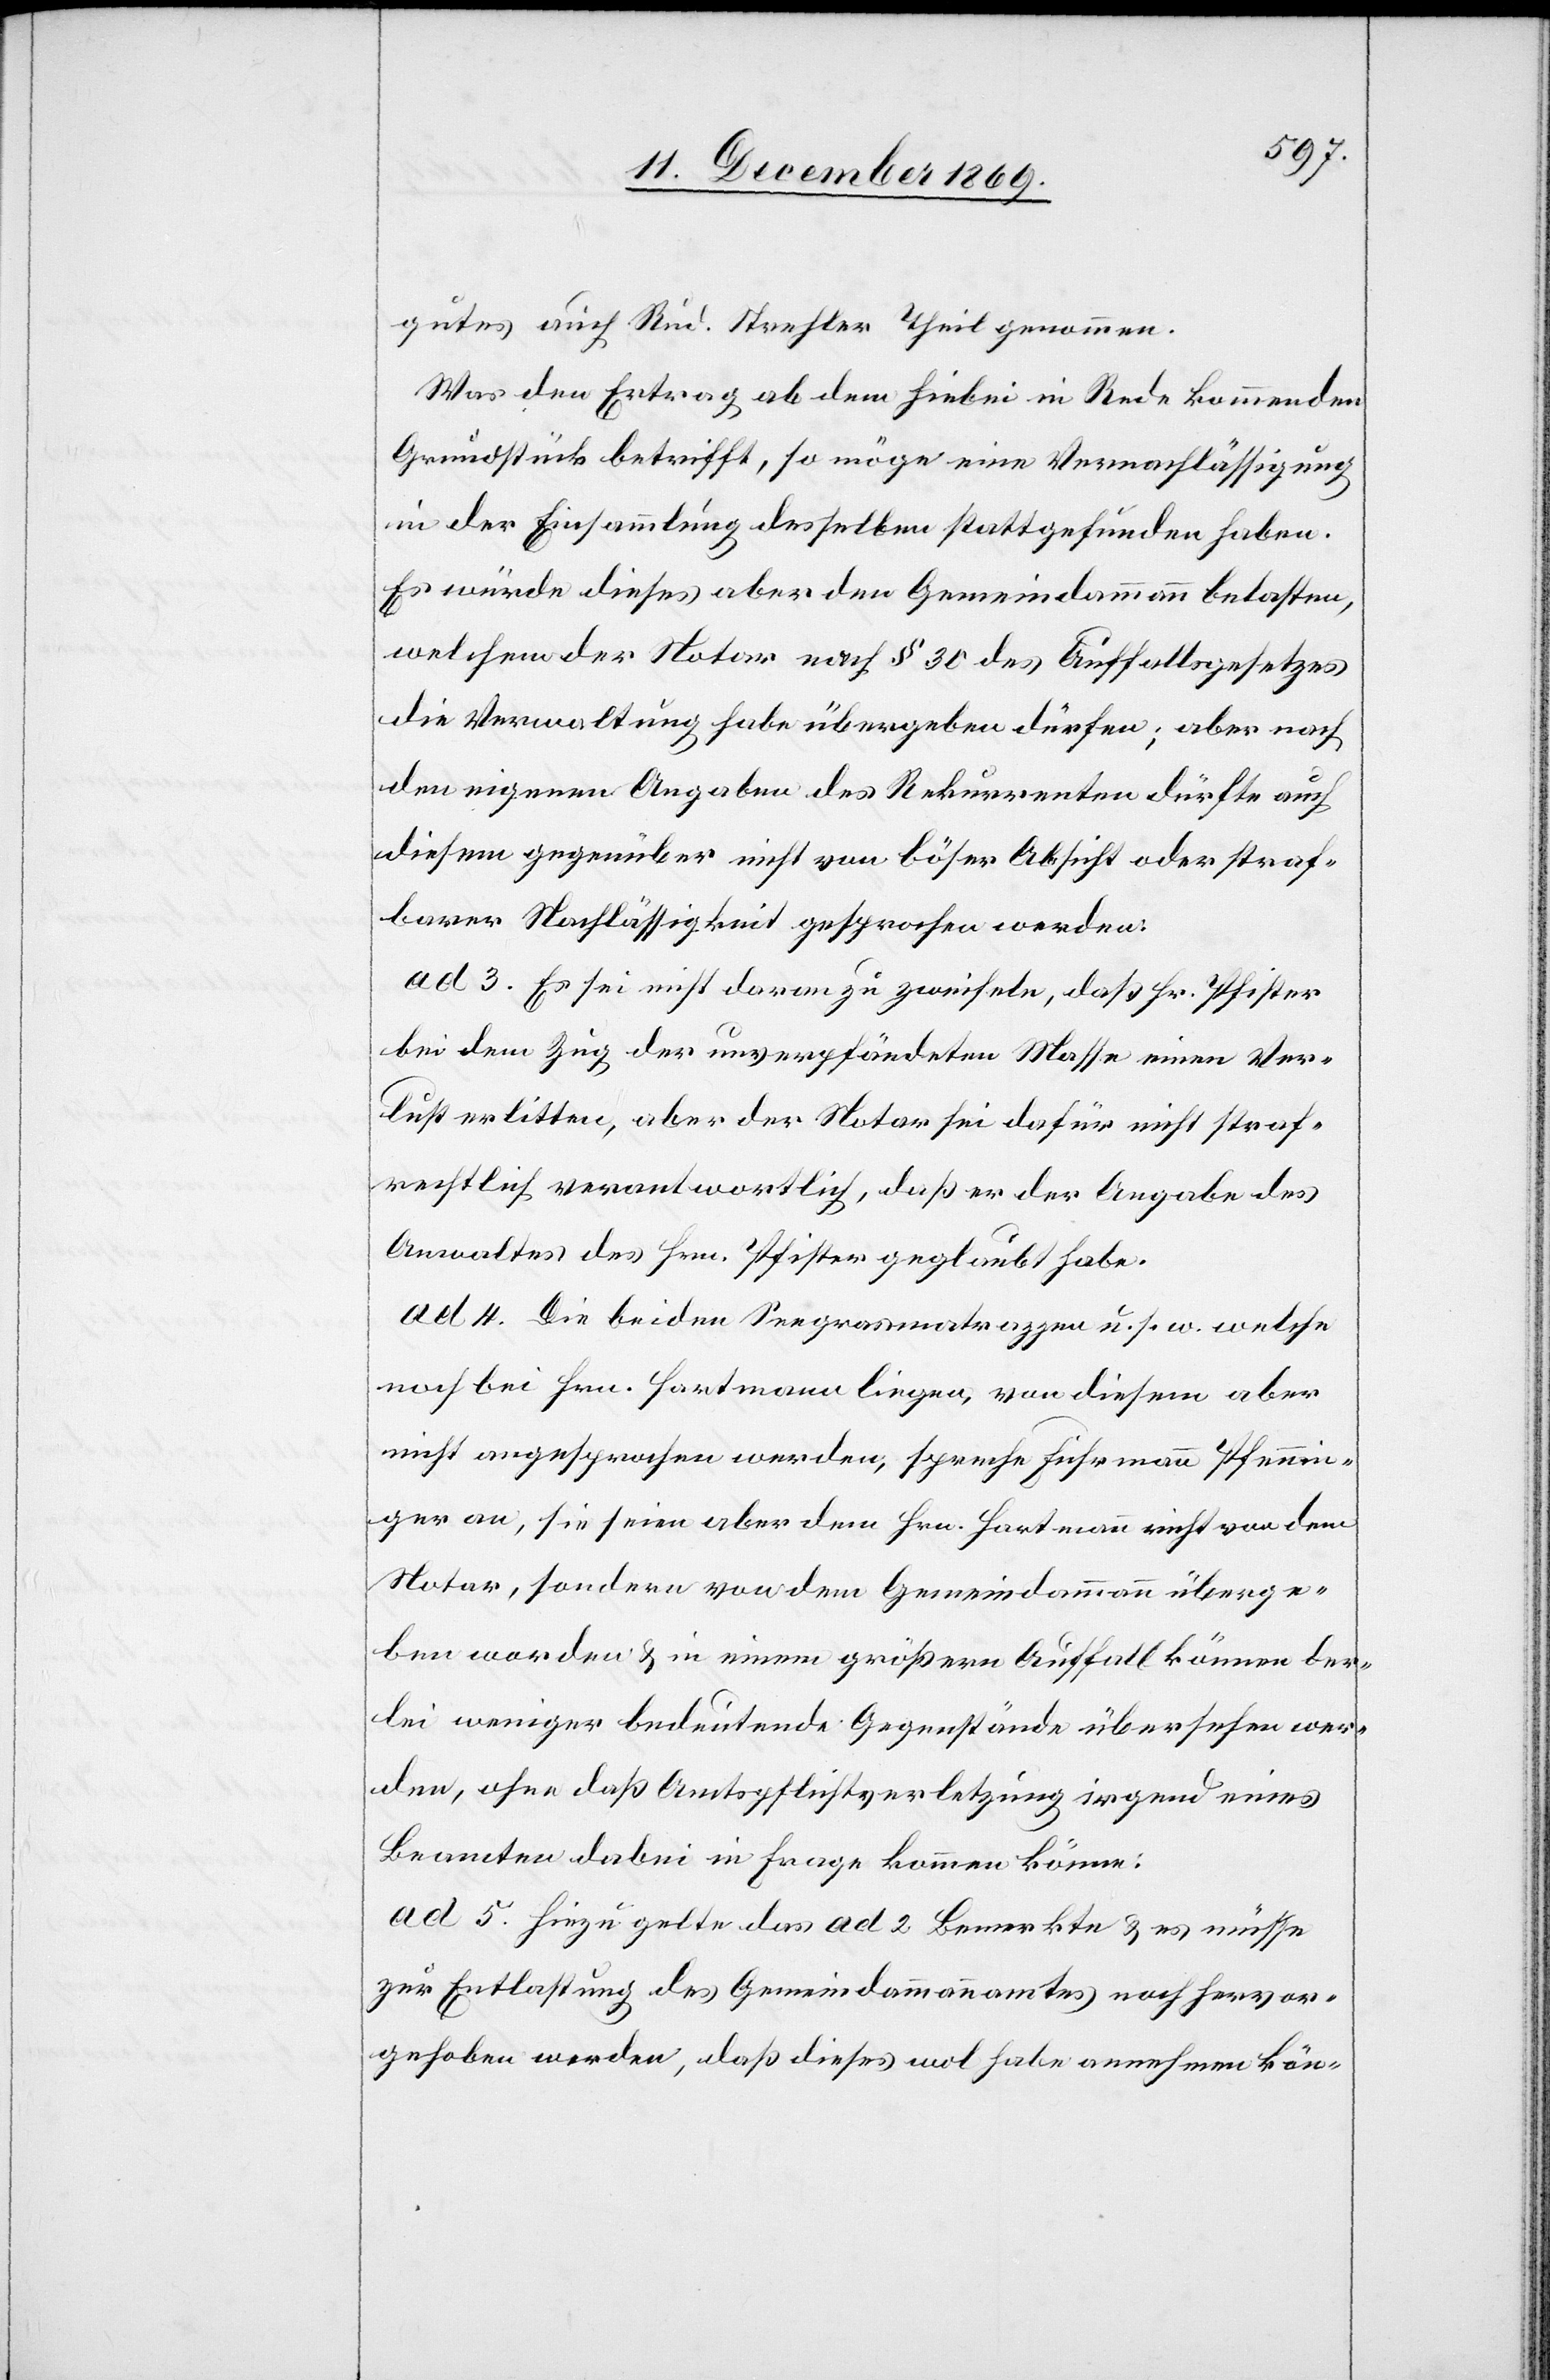
gutes auch Rud. Strehler Theil genommen.
Was den Ertrag ab dem hiebei in Rede kommenden
Grundstück betrifft, so möge eine Vernachlässigung
in der Einsammlung desselben stattgefunden haben.
Es würde dieses aber den Gemeindammann belasten,
welchem der Notar nach § 30 des Auffallsgesetzes
die Verwaltung habe übergeben dürfen; aber nach
den eigenen Angaben des Rekurrenten dürfte auch
diesem gegenüber nicht von böser Absicht oder straf¬
barer Nachlässigkeit gesprochen werden.
ad 3. Es sei nicht daran zu zweifeln, daß Hr. Pfister
bei dem Zug der unverpfändeten Masse einen Ver¬
lust erlitten, aber der Notar sei dafür nicht straf¬
rechtlich verantwortlich, daß er der Angabe des
Anwaltes des Hrn. Pfister geglaubt habe.
ad 4. Die beiden Seegrasmatrazzen u. s. w. welche
noch bei Hrn. Hartmann liegen, von diesem aber
nicht angesprochen werden, spreche Fuhrmann Pfennin¬
ger an, sie seien aber dem Hrn. Hartmann nicht von dem
Notar, sondern von dem Gemeindammann überge¬
ben worden & in einem größern Auffall können der¬
lei weniger bedeutende Gegenstände übersehen wer¬
den, ohne daß Amtspflichtverletzung irgend eines
Beamten dabei in Frage kommen könne.
ad 5. Hiezu gelte das ad 2 Bemerkte & es müsse
zur Entlastung des Gemeindammannamtes noch hervor¬
gehoben werden, daß dieses wol habe annehmen kön-